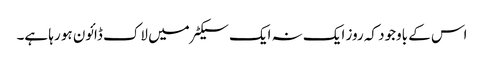
اس کے باوجود کہ روز ایک نہ ایک سیکٹر میں لاک ڈائون ہو رہا ہے۔